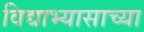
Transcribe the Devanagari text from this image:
विद्याभ्यासाच्या